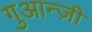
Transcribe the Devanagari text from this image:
गुआन्ज़ी